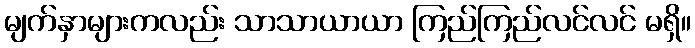
မျက်နှာများကလည်း သာသာယာယာ ကြည်ကြည်လင်လင် မရှိ။